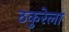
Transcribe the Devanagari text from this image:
ठकुरेला